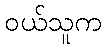
ဝယ်သူက